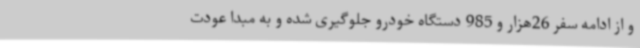
و از ادامه سفر 26هزار و 985 دستگاه خودرو جلوگیری شده و به مبدا عودت